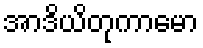
အာဒိယိတုကာမော